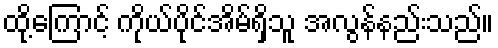
ထို့ကြောင့် ကိုယ်ပိုင်အိမ်ရှိသူ အလွန်နည်းသည်။